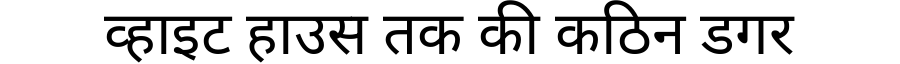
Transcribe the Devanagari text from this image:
व्हाइट हाउस तक की कठिन डगर